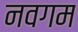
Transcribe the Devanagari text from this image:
नवगम